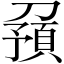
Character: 𠟹